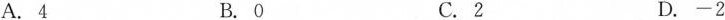
A. 4 B. 0 C. 2 D. -2